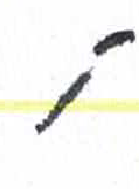
אות: ק